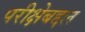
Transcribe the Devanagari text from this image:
परीक्षेबद्दल